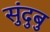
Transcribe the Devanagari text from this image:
सुंदुबु